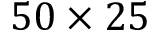
5 0 \times 2 5